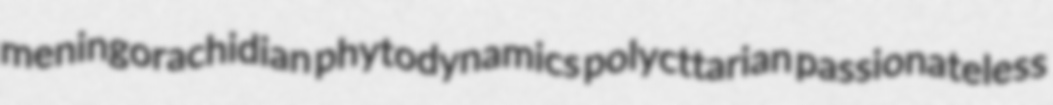
meningorachidian phytodynamics polycttarian passionateless